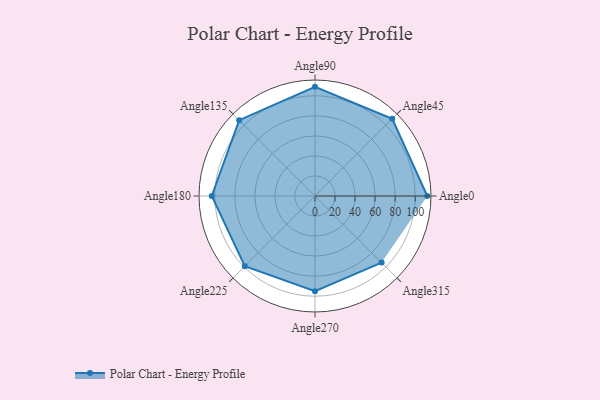
{"axis": {"x": "Angle", "y": "Radius"}, "legend": [""], "data": [{"x": "Angle0", "y": 112.0, "type": ""}, {"x": "Angle45", "y": 109.0, "type": ""}, {"x": "Angle90", "y": 109.0, "type": ""}, {"x": "Angle135", "y": 107.0, "type": ""}, {"x": "Angle180", "y": 103.0, "type": ""}, {"x": "Angle225", "y": 99.0, "type": ""}, {"x": "Angle270", "y": 95.0, "type": ""}, {"x": "Angle315", "y": 94.0, "type": ""}]}